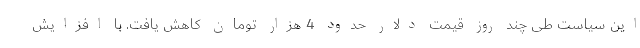
این سیاست طی چند روز قیمت دلار حدود 4 هزار تومان کاهش یافت. با افزایش